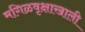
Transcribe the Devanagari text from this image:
मगिळवृक्षाखाली